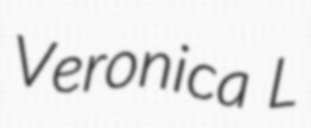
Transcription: Veronica L